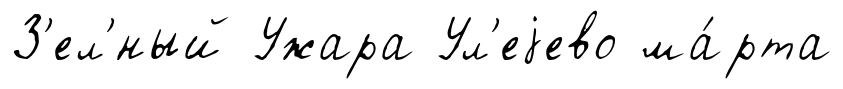
З'ел'́ный Ужара Ул'еjево ма́рта